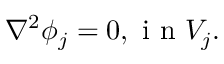
\nabla ^ { 2 } \phi _ { j } = 0 , \mathrm { ~ i ~ n ~ } V _ { j } .